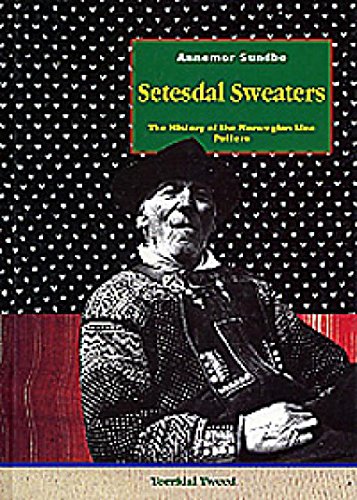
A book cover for Setesdal Sweaters the History of the Norwegian Lice Pattern; Annemor SundbÃ¸; Health, Fitness & Dieting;